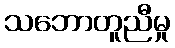
သဘောတူညီမှု